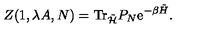
Z ( 1 , \lambda A , N ) = \mathrm { T r } _ { \tilde { { \cal H } } } P _ { N } \mathrm { e } ^ { - \beta \tilde { H } } .